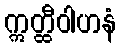
ဣတ္ထီဝါဟနံ